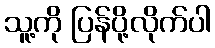
သူ့ကို ပြန်ပို့လိုက်ပါ